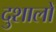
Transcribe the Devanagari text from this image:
दुशालों